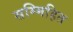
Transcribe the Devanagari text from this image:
सम्मिहित